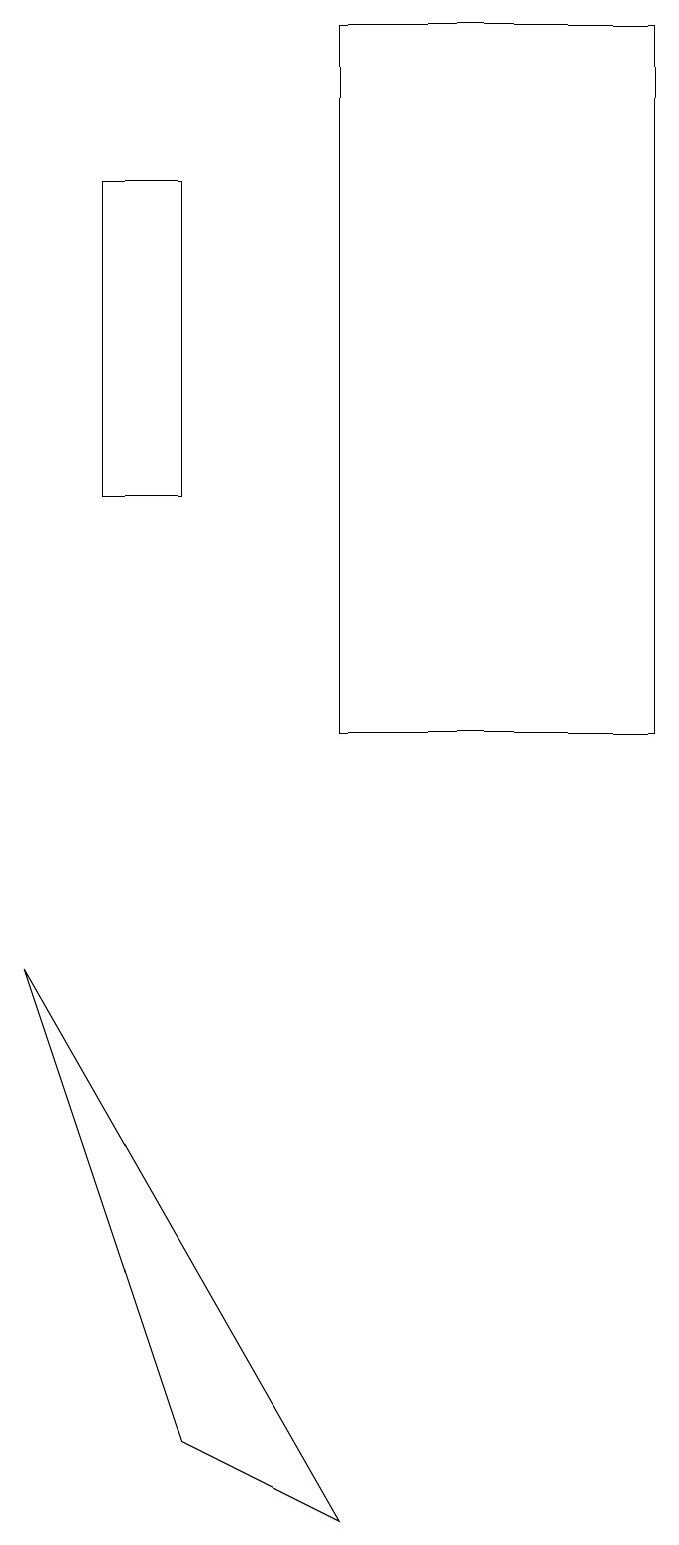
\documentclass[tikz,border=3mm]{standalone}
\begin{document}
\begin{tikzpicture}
\draw (9,10) rectangle (5,19);
\draw (3,1) -- (1,7) -- (5,0) -- cycle;
\draw (2,17) rectangle (3,13);
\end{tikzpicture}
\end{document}